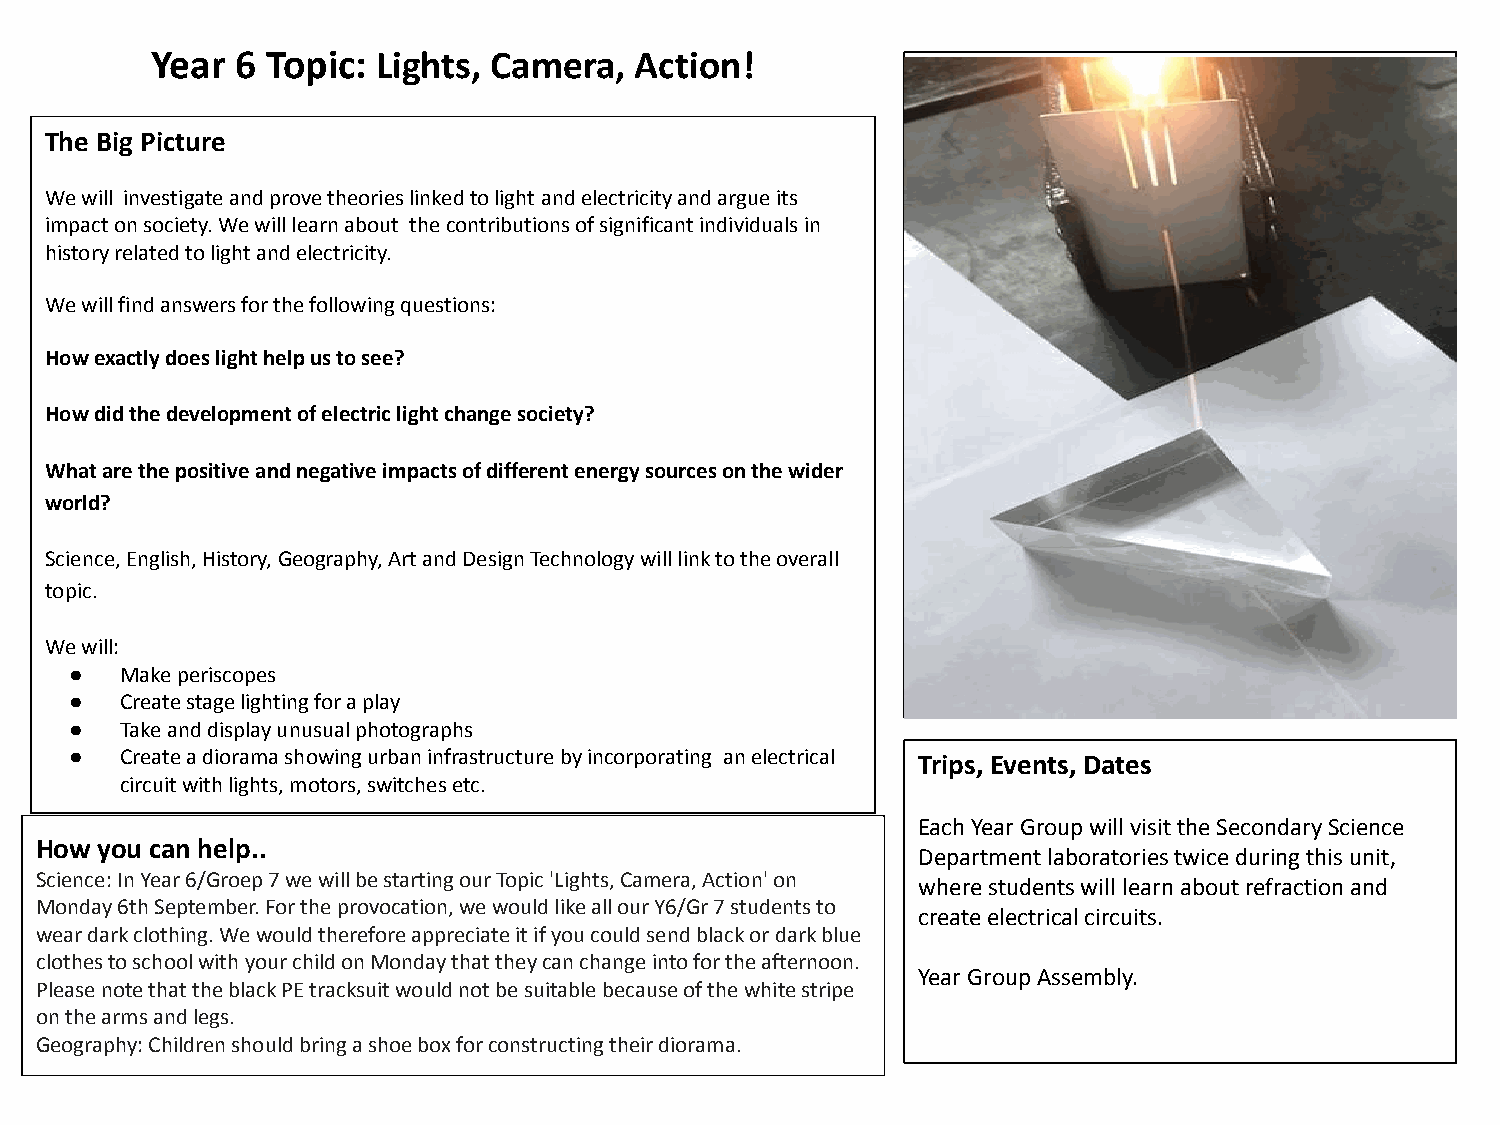
Year  6 Topic: Lights, Camera,  Action!
 The Big Picture
 We will investigate and prove theories linked to light and electricity and argue its
 impact on society. We will learn about the contributions of significant individuals in
 history related to light and electricity.
 We will find answers for the following questions:
 How exactly does light help us to see?
 How did the development of electric light change society?
 What are the positive and negative impacts of different energy sources on the wider
 world?
 Science, English, History, Geography, Art and Design Technology will link to the overall
 topic.
 We will:
 ●  Make periscopes
 ●  Create stage lighting for a play
 ●  Take and display unusual photographs
 ●  Create a diorama showing urban infrastructure by incorporating an electrical Trips, Events, Dates
 circuit with lights, motors, switches etc.
 Each Year Group will visit the Secondary Science
 How  you can help..
 Department laboratories twice during this unit,
 Science: In Year 6/Groep 7 we will be starting our Topic 'Lights, Camera, Action' on
 where students will learn about refraction and
 Monday 6th September. For the provocation, we would like all our Y6/Gr 7 students to
 create electrical circuits.
 wear dark clothing. We would therefore appreciate it if you could send black or dark blue
 clothes to school with your child on Monday that they can change into for the afternoon.
 Year Group Assembly.
 Please note that the black PE tracksuit would not be suitable because of the white stripe
 on the arms and legs.
 Geography: Children should bring a shoe box for constructing their diorama.